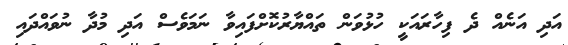
އަދި އަނެއް ދެ ފިހާރައަކީ ހުޅުވަން ތައްޔާރުކޮށްފައިވާ ނަމަވެސް އަދި މުދާ ނުވައްދައި